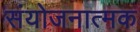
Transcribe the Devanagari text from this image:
संयोजनात्मक